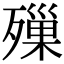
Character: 𣩓